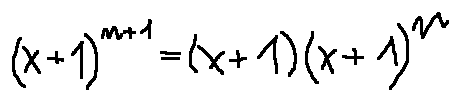
( x + 1 ) ^ { n + 1 } = ( x + 1 ) ( x + 1 ) ^ { n }